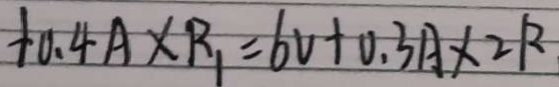
+ 0 . 4 A \times R _ { 1 } = 6 V + 0 . 3 A \times 2 R